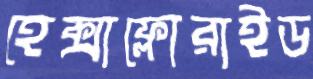
হেক্সাফ্লোরাইড